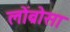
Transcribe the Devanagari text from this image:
लोंब्रोसा